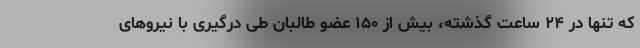
که تنها در ۲۴ ساعت گذشته، بیش از ۱۵۰ عضو طالبان طی درگیری با نیروهای